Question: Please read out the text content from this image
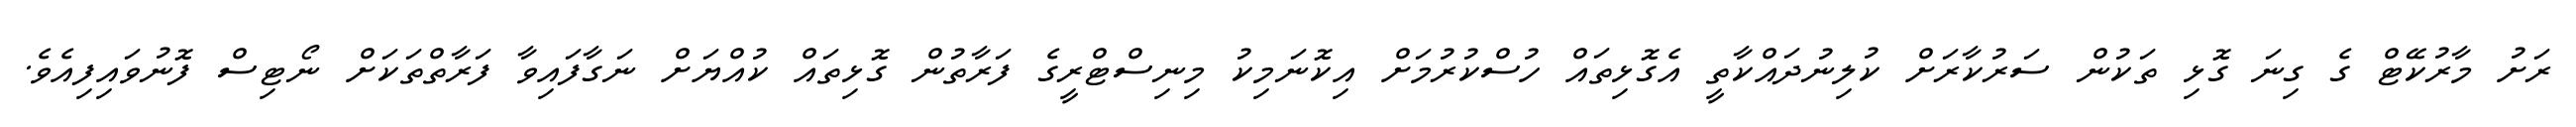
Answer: ރަށު މާރުކޭޓް ގެ ގިނަ ގޮޅި ތަކުން ސަރުކާރަށް ކުލިނުދައްކާތީ އެގޮޅިތައް ހުސްކުރުމަށް އިކޮނަމިކު މިނިސްޓްރީގެ ފަރާތުން ގޮޅިތައް ކުއްޔަށް ނަގާފައިވާ ފަރާތްތަކަށް ނޯޓިސް ފޮނުވައިފިއެވެ.